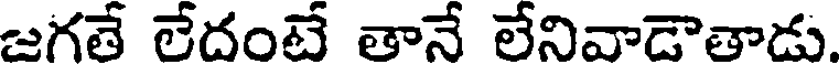
జగతే లేదంటే తానే లేనివాడౌతాడు.